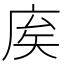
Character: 𢈟